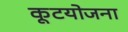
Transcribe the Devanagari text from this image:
कूटयोजना